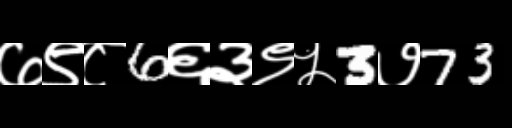
Text: ७९८6६३९५3७73